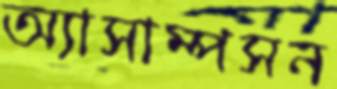
অ্যাসাম্পসন